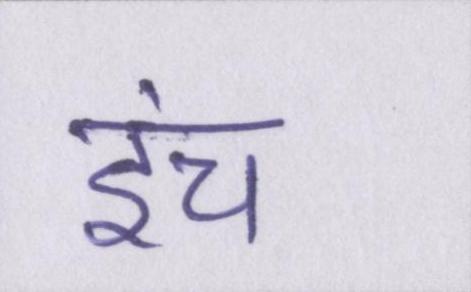
इंच